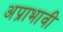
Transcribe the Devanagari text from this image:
अप्राभावी